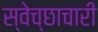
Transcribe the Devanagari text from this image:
स्‍वेच्‍छाचारी